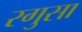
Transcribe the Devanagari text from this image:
रगुसा